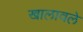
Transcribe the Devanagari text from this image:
खालावले